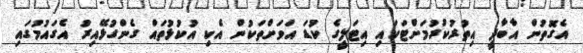
އެގޮތުން އާބާދީ އިތުރުކުރުމަށްޓަކައި އިޓަލީގެ ކުޑަ އަވަށްތަކުން އެކި އުކުޅުތައް ގެންގުޅޭއިރު އެގައުމުގައި